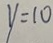
y = 1 0